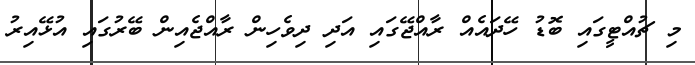
މި ޗުއްޓީގައި ބޮޑު ހޭދައެއް ރާއްޖޭގައި އަދި ދިވެހިން ރާއްޖެއިން ބޭރުގައި އުޅޭއިރު